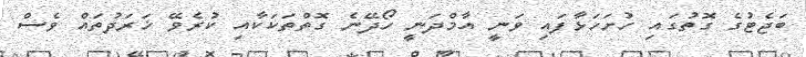
ބަޖެޓުގެ ގޮތުގައި ހުށަހަޅާފައި ވަނީ އާމްދަނީ ހޯދޭނެ ގޮތްތަކަކާއި ކުރެވޭ ޚަރަދުތައް ވެސް